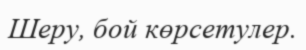
Шеру, бой көрсетулер.